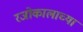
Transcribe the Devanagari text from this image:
रजोकालाच्या